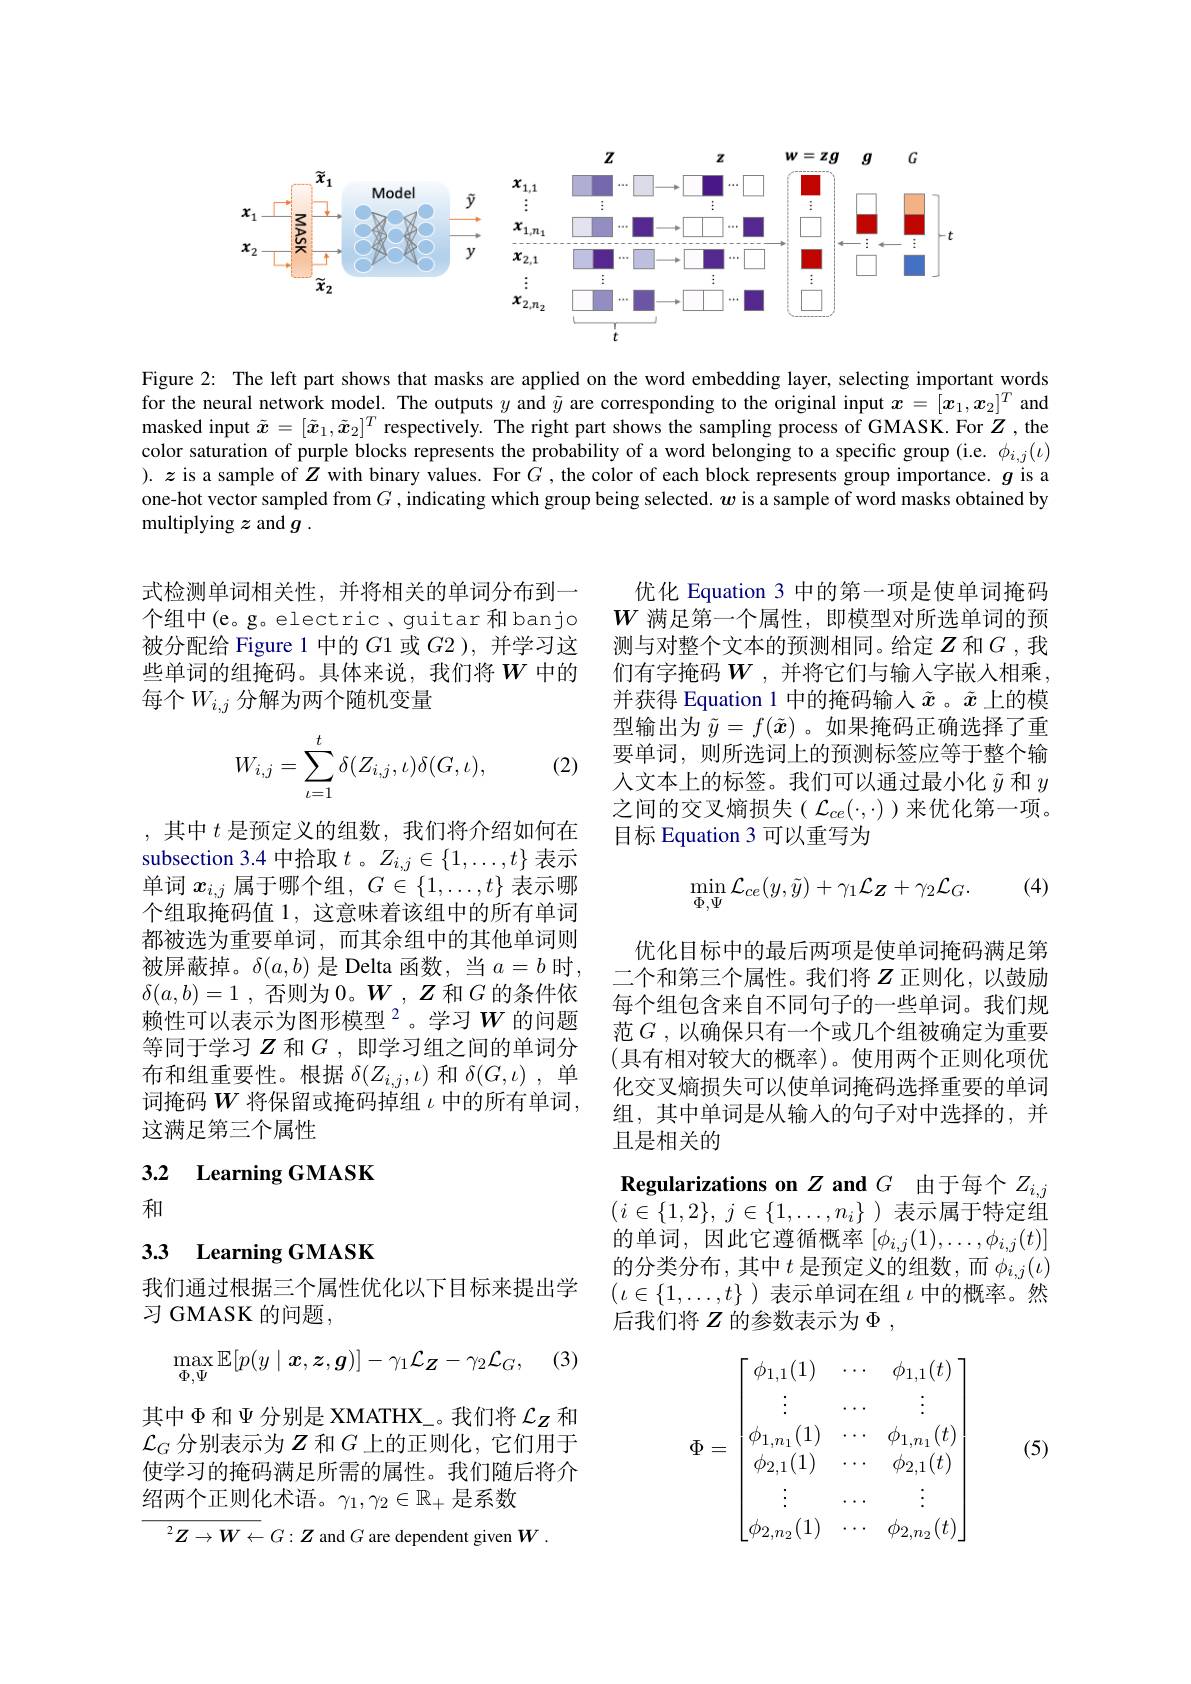
<FigureHere>

Figure 2: The left part shows that masks are applied on the word embedding layer, selecting important words for the neural network model. The outputs $y$ and $\tilde{y}$ are corresponding to the original input $x=[x_1,x_2]^T$ and masked input $\tilde{x}=[\tilde{x}_1,\tilde{x}_2]^T$ respectively. The right part shows the sampling process of GMASK. For $Z$ ,the color saturation of purple blocks represents the probability of a word belonging to a specific group (i.e. $\phi_{i,j}(\iota)$ ). $z$ is a sample of $\hat{Z}$ with binary values. For $\hat{G}$, the color of each block represents group importance. $g$ is a one-hot vector sampled from $G$ , indicating which group being selected. $w$ is a sample of word masks obtained by multiplying $z$ and $g.$

式检测单词相关性，并将相关的单词分布到一个组中(e。g。electric, guitar 和banjo 被分配给 Figure 1 中的$G$1或$G2)$,并学习这些单词的组掩码。具体来说，我们将$W$ 中的每个$W_{i,j}$分解为两个随机变量

优化 Equation 3 中的第一项是使单词掩码$W$满足第一个属性，即模型对所选单词的预测与对整个文本的预测相同。给定$Z$和$G$ ,我们有字掩码$W$ ,并将它们与输入字嵌人相乘， 并获得 Equation 1 中的掩码输入$\tilde{x}$ 。$\tilde{x}$上的模型输出为$\tilde{y}=f(\tilde{\boldsymbol{x}})$ 。如果掩码正确选择了重要单词，则所选词上的预测标签应等于整个输人文本上的标签。我们可以通过最小化$\tilde{y}$和$y$ 之间的交叉熵损失($\mathcal{L}_ce(\cdot,\cdot)$)来优化第一项。目标 Equation 3 可以重写为
$$\begin{aligned}W_{i,j}=\sum_{\iota=1}^t\delta(Z_{i,j},\iota)\delta(G,\iota),\end{aligned}$$
(2)
$$\begin{aligned}\min_{\Phi,\Psi}\mathcal{L}_{ce}(y,\tilde{y})+\gamma_{1}\mathcal{L}_{\boldsymbol{Z}}+\gamma_{2}\mathcal{L}_{G}.\end{aligned}$$
(4)

,其中$t$是预定义的组数，我们将介绍如何在subsection 3.4 中拾取$t$ 。$Z_{i,j}\in\{1,\ldots,t\}$表示单词$x_i,j$属于哪个组$,G\in\{1,\ldots,t\}$表示哪个组取掩码值 1, 这意味着该组中的所有单词都被选为重要单词，而其余组中的其他单词则被屏蔽掉。$\delta(a,b)$是 Delta 函数，当$a=b$时， $\delta ( a, b) = 1$ , 否 则 为 0。$W$ , $Z$和$G$的条件依赖性可以表示为图形模型$^{2}$。学习$W$ 的问题等同于学习$Z$ 和$G$ ,即学习组之间的单词分布和组重要性。根据$\delta(Z_i,j,\iota)$和$\delta(G,\iota)$ ,单词掩码$W$将保留或掩码掉组$\iota$中的所有单词， 这满足第三个属性

优化目标中的最后两项是使单词掩码满足第二个和第三个属性。我们将$Z$正则化，以鼓励每个组包含来自不同句子的一些单词。我们规范$G$,以确保只有一个或几个组被确定为重要(具有相对较大的概率)。使用两个正则化项优化交叉熵损失可以使单词掩码选择重要的单词组，其中单词是从输入的句子对中选择的，并且是相关的

3.2 Learning GMASK

和

## 3.3 Learning GMASK

Regularizations on $Z$ and $G$由于每个$Z_i,j$ $( i\in \{ 1, 2\} $, $j\in \{ 1, \ldots , n_i\}$ )表示属于特定组的单词，因此它遵循概率$[\phi_i,j(1),\ldots,\phi_{i,j}(t)]$ 的分类分布，其中$t$是预定义的组数，而$\phi_i,j(\iota)$ $(\iota\in\{1,\ldots,t\}$ )表示单词在组$\iota$中的概率。然后我们将$Z$的参数表示为$\Phi$,

我们通过根据三个属性优化以下目标来提出学
${\text{习 GMASK 的问题},}$
$$\max_{\Phi,\Psi}\mathbb{E}[p(y\mid\boldsymbol{x},\boldsymbol{z},\boldsymbol{g})]-\gamma_1\mathcal{L}_{\boldsymbol{Z}}-\gamma_2\mathcal{L}_G,$$
(5)
$$\Phi=\begin{bmatrix}\phi_{1,1}(1)&\cdots&\phi_{1,1}(t)\\\vdots&\cdots&\vdots\\\phi_{1,n_1}(1)&\cdots&\phi_{1,n_1}(t)\\\phi_{2,1}(1)&\cdots&\phi_{2,1}(t)\\\vdots&\cdots&\vdots\\\phi_{2,n_2}(1)&\cdots&\phi_{2,n_2}(t)\end{bmatrix}$$
其中$\Phi$和$\Psi$分别是 XMATHX\_。我们将$\mathcal{L}_Z$和$\mathcal{L}_G$分别表示为$Z$和$G$上的正则化，它们用于使学习的掩码满足所需的属性。我们随后将介绍两个正则化术语。$\gamma_1,\gamma_2\in\mathbb{R}_+$是系数

$^2Z\to W\leftarrow G:\boldsymbol{Z}$ and $G$ are dependent given $W.$